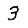
Digit: 3